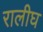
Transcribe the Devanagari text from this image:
रालीघ